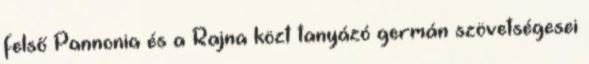
felső Pannonia és a Rajna közt tanyázó germán szövetségesei